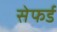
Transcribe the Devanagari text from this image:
सेफर्ड